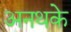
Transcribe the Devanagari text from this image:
अनथके